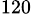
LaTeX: ^{120}